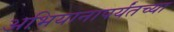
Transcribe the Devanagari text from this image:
अभियानापर्यंतच्या